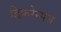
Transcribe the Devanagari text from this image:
डिफ़रेन्सज